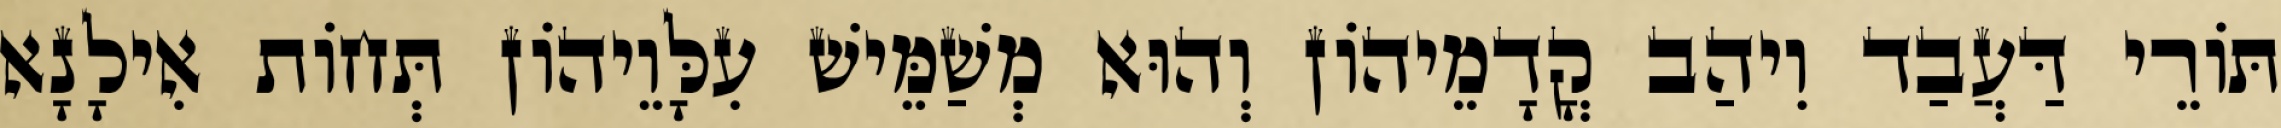
תּוֹרֵי דַּעֲבַד וִיהַב קֳדָמֵיהוֹן וְהוּא מְשַׁמֵּישׁ עִלָּוֵיהוֹן תְּחוֹת אִילָנָא